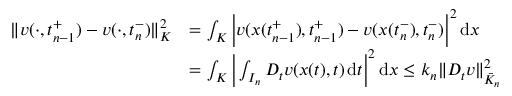
\begin{array} { r l } { \| v ( \cdot , t _ { n - 1 } ^ { + } ) - v ( \cdot , t _ { n } ^ { - } ) \| _ { K } ^ { 2 } } & { = \int _ { K } \bigg | v ( x ( t _ { n - 1 } ^ { + } ) , t _ { n - 1 } ^ { + } ) - v ( x ( t _ { n } ^ { - } ) , t _ { n } ^ { - } ) \bigg | ^ { 2 } \, \mathrm { d } x } \\ & { = \int _ { K } \bigg | \int _ { I _ { n } } D _ { t } v ( x ( t ) , t ) \, \mathrm { d } t \bigg | ^ { 2 } \, \mathrm { d } x \leq k _ { n } \| D _ { t } v \| _ { \bar { K } _ { n } } ^ { 2 } } \end{array}